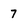
Character: 7